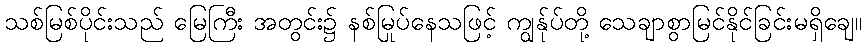
သစ်မြစ်ပိုင်းသည် မြေကြီး အတွင်း၌ နစ်မြုပ်နေသဖြင့် ကျွန်ုပ်တို့ သေချာစွာမြင်နိုင်ခြင်းမရှိချေ။